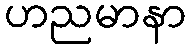
ဟညမာနာ